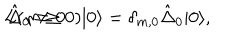
LaTeX: L ( m \geq 0 ) | 0 \rangle = \delta _ { m , 0 } \hat { \Delta } _ { 0 } | 0 \rangle , \hspace { . 2 i n } \hat { \Delta } _ { 0 } \neq 0